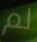
لم